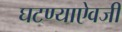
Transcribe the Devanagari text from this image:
घटण्याऐवजी